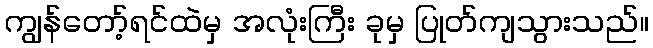
ကျွန်တော့်ရင်ထဲမှ အလုံးကြီး ခုမှ ပြုတ်ကျသွားသည်။